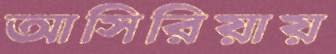
আসিরিয়ায়